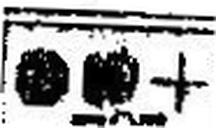
### ### +